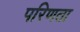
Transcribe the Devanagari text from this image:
परिणता